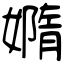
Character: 嫷